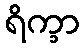
ရိက္ခာ